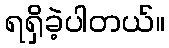
ရရှိခဲ့ပါတယ်။